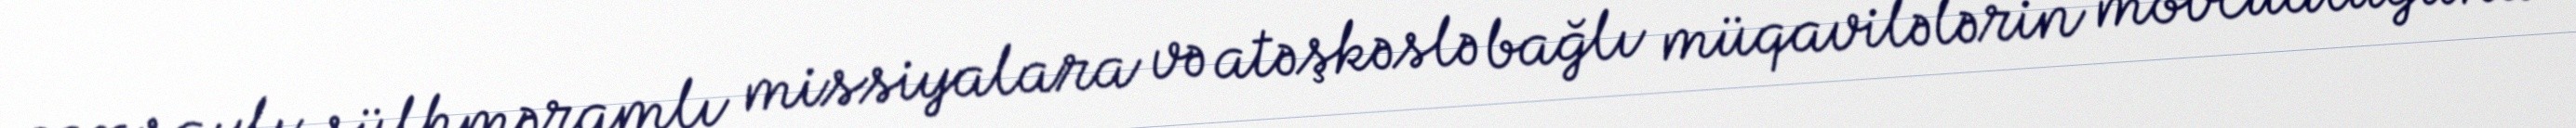
çoxsaylı sülhməramlı missiyalara və atəşkəslə bağlı müqavilələrin mövcudluğuna